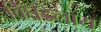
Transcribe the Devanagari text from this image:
बिघडलाय